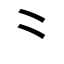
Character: ⺀